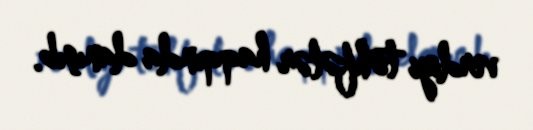
verdiyi töhfələr haqqında danışıb.